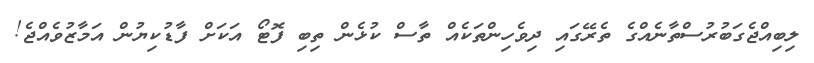
ލިބިއްޖެގަބުރުސްތާނެއްގެ ތެރޭގައި ދިވެހިންތަކެއް ތާސް ކުޅެން ތިބި ފޮޓޯ އަކަށް ފާޑުކިޔުން އަމާޒުވެއްޖެ!